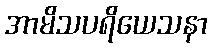
အာမိသပရိယေသနာ